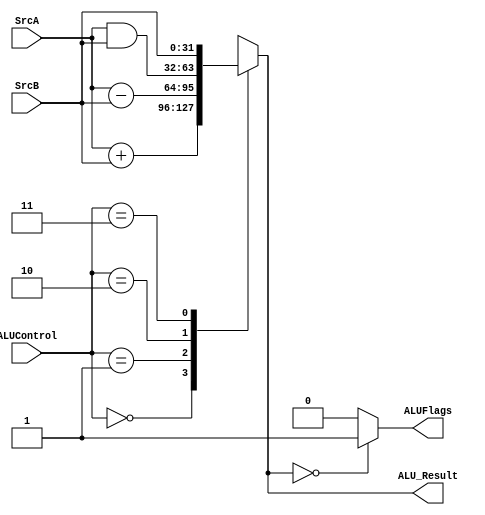
module ALU(
   input wire [31:0] SrcA,
   input wire [31:0] SrcB,
   input wire [1:0] ALUControl,
   output wire ALUFlags,
   output wire [31:0] ALU_Result
   );

   integer in1, in2, out;
   reg Zero;
   
   always @(*)
   begin

      in1 = SrcA;
      in2 = SrcB;

      case(ALUControl)
      2'b00://add
         out = SrcA + SrcB;
      2'b01://sub
         out = SrcA - SrcB;
      2'b10://AND
         out = SrcA&SrcB;
      2'b11://MOV
         out = SrcB;
      default : out = SrcA + SrcB;
      endcase

      if(out == 32'b00000000000000000000000000000000)begin
         Zero = 1'b1;
      end
      else
         Zero = 1'b0;
   end

   assign ALUFlags = Zero;
   assign ALU_Result = out;   
   
endmodule